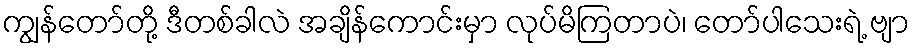
ကျွန်တော်တို့ ဒီတစ်ခါလဲ အချိန်ကောင်းမှာ လုပ်မိကြတာပဲ၊ တော်ပါသေးရဲ့ ဗျာ